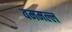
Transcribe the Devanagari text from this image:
वममल्ल